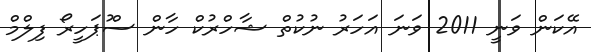
އޭކަން ވަނީ 2011 ވަނަ އަހަރު ނުކުތް ޝާހްރުކް ހާން ސްުޕަހީރޯ ފިލްމް